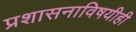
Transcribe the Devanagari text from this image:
प्रशासनाविषयीही